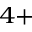
^ { 4 + }